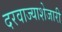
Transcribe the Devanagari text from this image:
दरवाज्याशेजारी